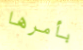
بأمرها